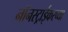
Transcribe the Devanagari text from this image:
नॉनस्ट्राईकरच्या